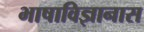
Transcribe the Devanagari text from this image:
भाषाविज्ञानास